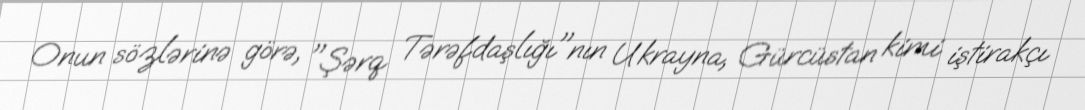
Onun sözlərinə görə, "Şərq Tərəfdaşlığı"nın Ukrayna, Gürcüstan kimi iştirakçı